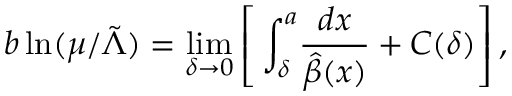
b \ln ( \mu / { \tilde { \Lambda } } ) = \operatorname * { l i m } _ { \delta \to 0 } \left[ \, \int _ { \delta } ^ { a } \! \frac { d x } { \hat { \beta } ( x ) } + { \cal C } ( \delta ) \right] ,